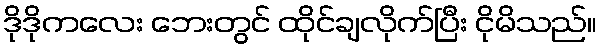
ဒိုဒိုကလေး ဘေးတွင် ထိုင်ချလိုက်ပြီး ငိုမိသည်။